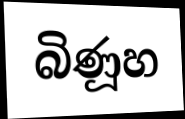
බිණූහ